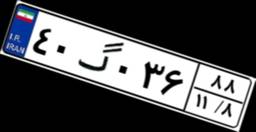
۳۷گ۸۷۹۸۰